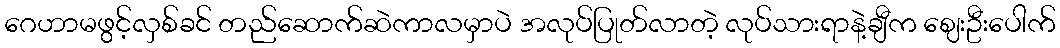
ဂေဟာမဖွင့်လှစ်ခင် တည်ဆောက်ဆဲကာလမှာပဲ အလုပ်ပြုတ်လာတဲ့ လုပ်သားရာနဲ့ချီက ဈေးဦးပေါက်